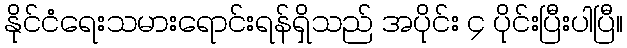
နိုင်ငံရေးသမားရောင်းရန်ရှိသည် အပိုင်း ၄ ပိုင်းပြီးပါပြီ။